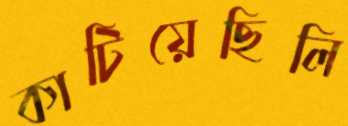
কাটিয়েছিলি